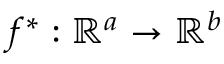
f ^ { * } : \mathbb { R } ^ { a } \rightarrow \mathbb { R } ^ { b }